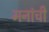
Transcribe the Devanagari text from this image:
मनांची